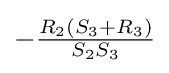
-{\tfrac {R_{2}(S_{3}+R_{3})}{S_{2}S_{3}}}